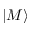
| M \rangle